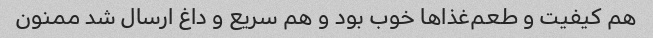
هم کیفیت و طعم‌غذا‌ها خوب بود و هم سریع و داغ ارسال شد ممنون